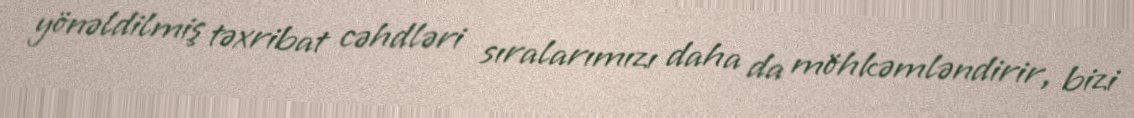
yönəldilmiş təxribat cəhdləri sıralarımızı daha da möhkəmləndirir, bizi